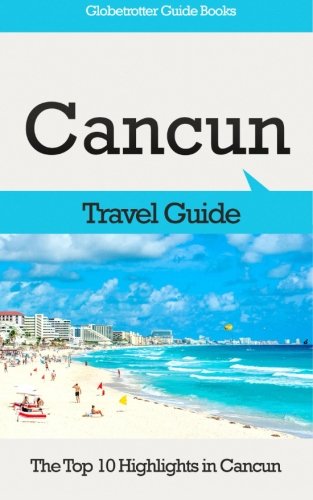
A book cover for Cancun Travel Guide: The Top 10 Highlights in Cancun (Globetrotter Guide Books); Marc Cook; Travel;